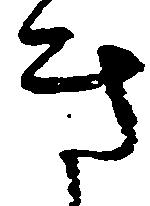
き